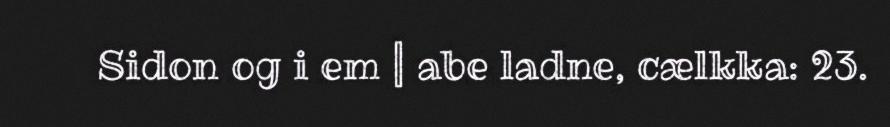
Sidon og i em | abe ladne, cælkka: 23.